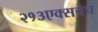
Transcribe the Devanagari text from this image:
२१३एक्सचेच